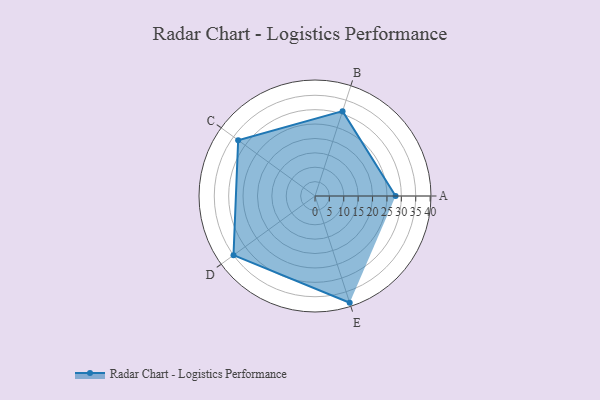
{"axis": {"x": "Skill", "y": "Score"}, "legend": ["Profile"], "data": [{"x": "A", "y": 28.0, "type": "Profile"}, {"x": "B", "y": 31.0, "type": "Profile"}, {"x": "C", "y": 33.0, "type": "Profile"}, {"x": "D", "y": 35.0, "type": "Profile"}, {"x": "E", "y": 39.0, "type": "Profile"}]}